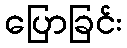
ပြောခြင်း